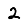
Digit: 2